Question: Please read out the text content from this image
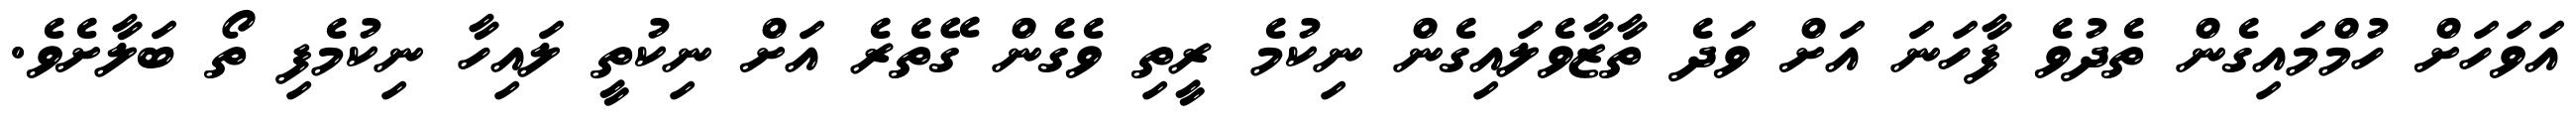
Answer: އަވަހަށް ހުމްމައިގެން ތެދުވެ ފާހަނަ އަށް ވަދެ ތާޒާވެލައިގެން ނިކުމެ ރީތި ވެގެން ގޭތެރެ އަށް ނިކުތީ ލައިހާ ނިކުމެފި ތޯ ބަލާށެވެ.